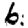
Digit: 6